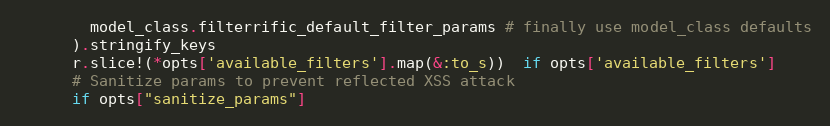
Language: Ruby
        model_class.filterrific_default_filter_params # finally use model_class defaults
      ).stringify_keys
      r.slice!(*opts['available_filters'].map(&:to_s))  if opts['available_filters']
      # Sanitize params to prevent reflected XSS attack
      if opts["sanitize_params"]